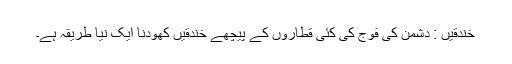
خندقیں : دشمن کی فوج کی کئی قطاروں کے پیچھے خندقیں کھودنا ایک نیا طریقہ ہے۔